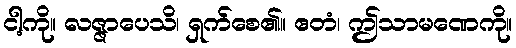
ငါ့ကို။ လဇ္ဇာပေသိ၊ ရှက်စေ၏။ ဧတံ၊ ဤသာမဏေကို။